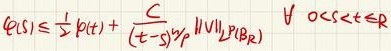
已知\(x > y > z > 0\)，判断\(A\)：\(\frac{\lg x - \lg y}{y - z}+\frac{\lg y - \lg z}{z}\leq\frac{\lg x - \lg z}{y}\)是否成立。